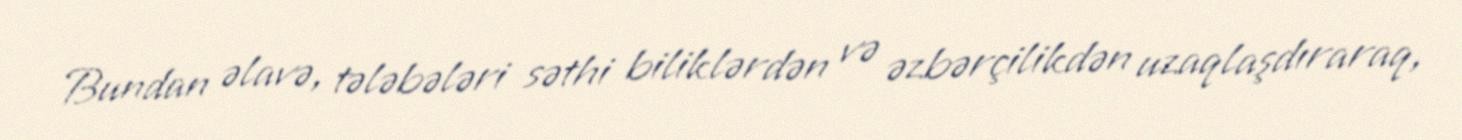
Bundan əlavə, tələbələri səthi biliklərdən və əzbərçilikdən uzaqlaşdıraraq,